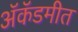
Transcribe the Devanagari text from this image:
ॲकॅडमीत